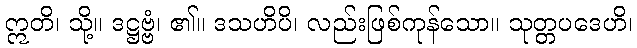
ဣတိ၊ သို့။ ဒဋ္ဌဗ္ဗံ၊ ၏။ ဒသဟိပိ၊ လည်းဖြစ်ကုန်သော။ သုတ္တပဒေဟိ၊